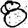
Digit: 8